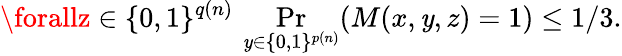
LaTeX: \forallz\in\{ 0,1\} ^{q(n)}\, \Pr_{\mathit{y}\in\{ 0,1\} ^{p(n)}}(M(x,\mathit{y},z)=1)\leq1/3.